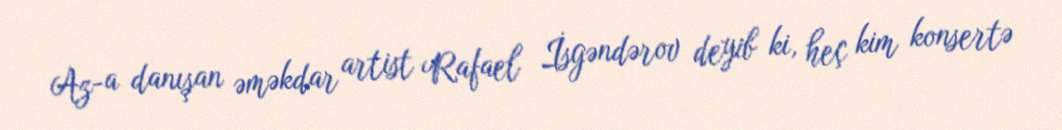
Az-a danışan əməkdar artist Rafael İsgəndərov deyib ki, heç kim konsertə